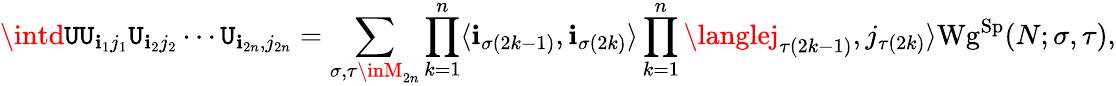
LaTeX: \intd\mathtt{U}\mathtt{U}_{\mathbf{i}_{1}j_{1}}\mathtt{U}_{\mathbf{i}_{2}j_{2}}\cdots\mathtt{U}_{\mathbf{i}_{2n},j_{2n}}=\sum_{\sigma,\tau\inM_{2n}}\prod_{k=1}^{n}\langle\mathbf{i}_{\sigma(2k-1)},\mathbf{i}_{\sigma(2k)}\rangle\prod_{k=1}^{n}\langlej_{\tau(2k-1)},j_{\tau(2k)}\rangle\mathrm{{Wg}}^{\mathrm{{Sp}}}(N;\sigma,\tau),